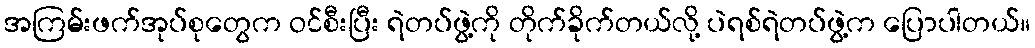
အကြမ်းဖက်အုပ်စုတွေက ဝင်စီးပြီး ရဲတပ်ဖွဲ့ကို တိုက်ခိုက်တယ်လို့ ပဲရစ်ရဲတပ်ဖွဲ့က ပြောပါတယ်။